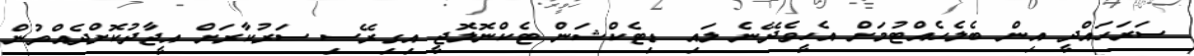
ސަރަހައްދީ އިން ބެލެހެއްޓުމަށް އެހީވެދޭނެ ލައި ޑިޓެކްޝަން ޓެކްނޮލޮޖީ އިގިރޭސި ސަރުކާރަށް އީޖާދުކޮށްދެއްވުން